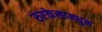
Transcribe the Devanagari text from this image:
रुरकेलामधून